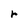
Character: r